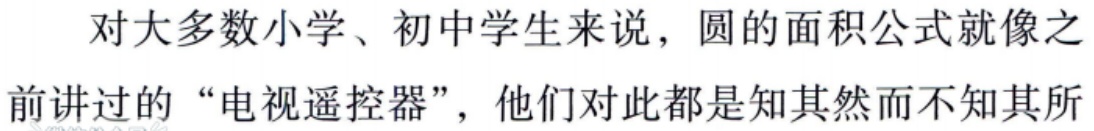
对大多数小学、初中学生来说，圆的面积公式就像之前讲过的“电视遥控器”，他们对此都是知其然而不知其所